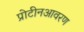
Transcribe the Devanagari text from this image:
प्रोटीनआवरण